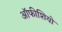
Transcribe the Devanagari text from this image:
ऑफीशियो